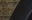
نختار